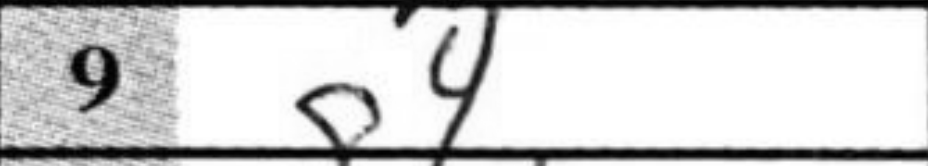
Transcription: g4